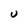
Character: U